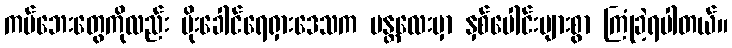
ကပ်ဘေးတွေကိုလည်း မိုးခေါင်ရေရှားဒေသက မန္တလေးမှာ နှစ်ပေါင်းများစွာ ကြုံခဲ့ရပါတယ်။